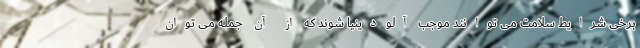
برخی شرایط سلامت می توانند موجب آلودینیا شوند که از آن جمله می توان